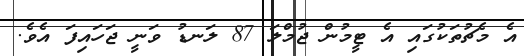
އެ މެޗުތަކުގައި އެ ޓީމުން ޖުމްލަ 87 ލަނޑު ވަނީ ޖަހައިފަ އެވެ.